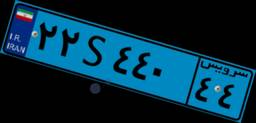
۴۷S۵۲۵۱۴